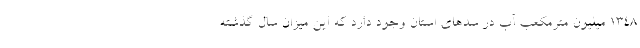
۱۳۴۸ میلیون مترمکعب آب در سدهای استان وجود دارد که این میزان سال گذشته